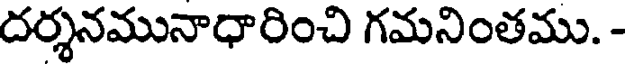
దర్శనమునాధారించి గమనింతము. -